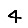
Digit: 4